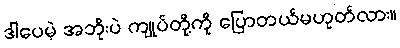
ဒါပေမဲ့ အဘိုးပဲ ကျုပ်တို့ကို ပြောတယ်မဟုတ်လား။